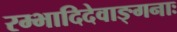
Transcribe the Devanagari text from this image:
रम्भादिदेवाङ्गनाः